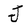
Character: J